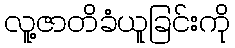
လူ့ဇာတိခံယူခြင်းကို